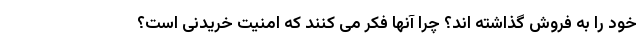
خود را به فروش گذاشته اند؟ چرا آنها فکر می کنند که امنیت خریدنی است؟